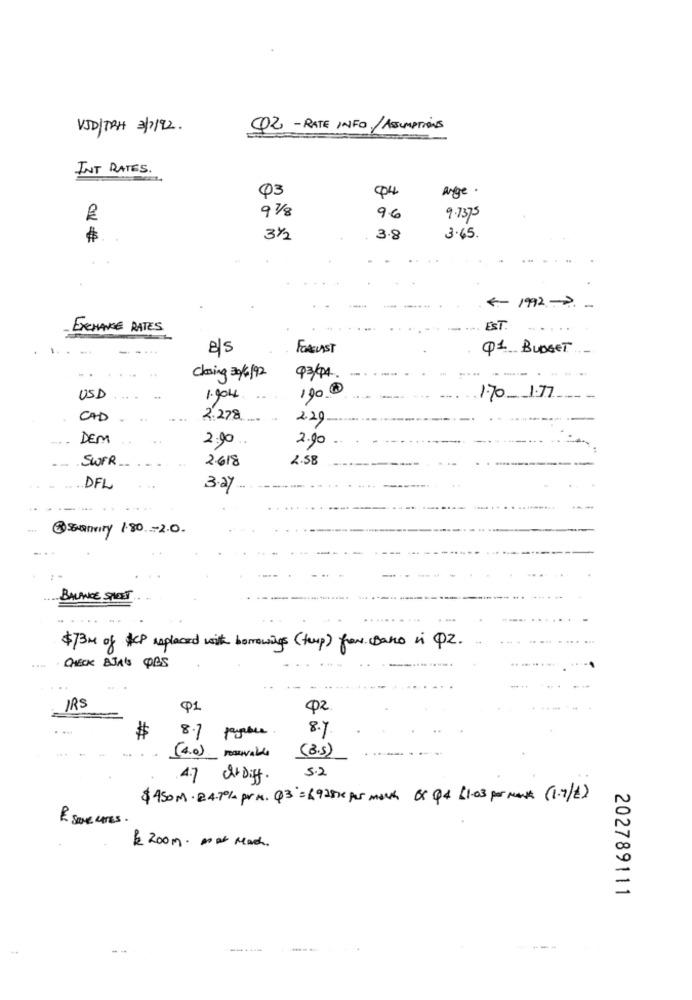
VID/TRH 3/7/92.
Q2 - RATE INFO/ ASSUMPTIONS
INT RATES .
Q3
Ange.
91/8
9.6
9.7375
$
31/2
: 3.8
3.65.
€- 1992 .-. -
EXCHANGE RATES
.... EST.
8/5
FORELAST
Q1 BUDGET
----
Closing 30/6/92
93/04.
1900
USD
1.904
1.70- 1.7
CAD
2.278
2.29
DEM
2.90
2.90
SWER
2.618
2.58
DFL
3.27
@SEHannity 180-20.
BALANCE SPLEET
$734 of HCP replaced with borrowings (temp) for Bano in QZ.
CHECK AJA'S PBS
IRS
Q1
Q2.
8.7
$
8.7 peruur
(4.0) FORENALLE (8.5)
5.2
4.7 c+Diff.
$ 450M . 24.70% pr M. Q3'= 6925xx PUS mark OX Q4 11.03 por mant (1.7/2)
& saveurES.
$ 200 m. most Mach.
202789111